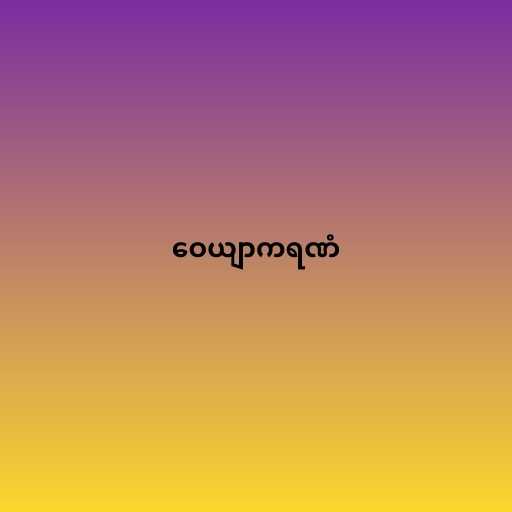
ဝေယျာကရဏံ